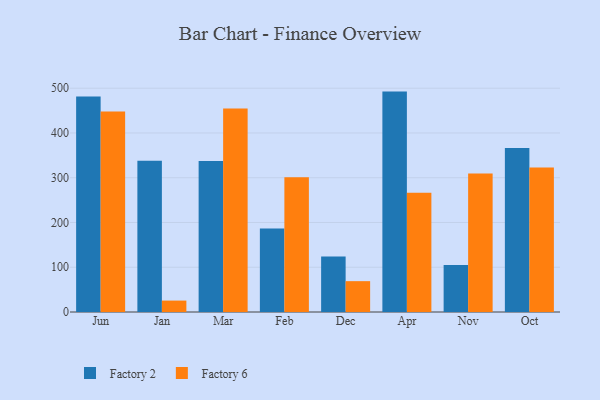
{"axis": {"x": "Month", "y": "Market Share (%)"}, "legend": ["Factory 2", "Factory 6"], "data": [{"x": "Jun", "y": 481.2, "type": "Factory 2"}, {"x": "Jun", "y": 448.1, "type": "Factory 6"}, {"x": "Jan", "y": 337.9, "type": "Factory 2"}, {"x": "Jan", "y": 25.5, "type": "Factory 6"}, {"x": "Mar", "y": 337.2, "type": "Factory 2"}, {"x": "Mar", "y": 454.6, "type": "Factory 6"}, {"x": "Feb", "y": 186.8, "type": "Factory 2"}, {"x": "Feb", "y": 300.8, "type": "Factory 6"}, {"x": "Dec", "y": 123.9, "type": "Factory 2"}, {"x": "Dec", "y": 68.9, "type": "Factory 6"}, {"x": "Apr", "y": 492.4, "type": "Factory 2"}, {"x": "Apr", "y": 266.4, "type": "Factory 6"}, {"x": "Nov", "y": 104.8, "type": "Factory 2"}, {"x": "Nov", "y": 309.3, "type": "Factory 6"}, {"x": "Oct", "y": 366.4, "type": "Factory 2"}, {"x": "Oct", "y": 323.1, "type": "Factory 6"}]}